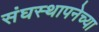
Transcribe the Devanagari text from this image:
संघस्थापनेच्या